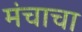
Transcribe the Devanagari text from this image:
मंचाचा